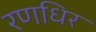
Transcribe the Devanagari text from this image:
रणधिर